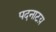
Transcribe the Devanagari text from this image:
पदनाटय़